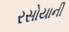
રસોયાની